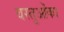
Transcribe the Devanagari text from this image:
वस्तुओंका